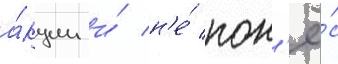
а́кции и́ н'е́ пон'ё́с